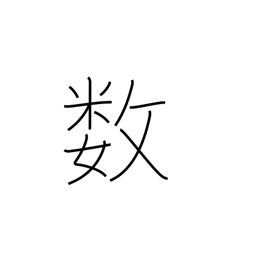
Meaning: fate